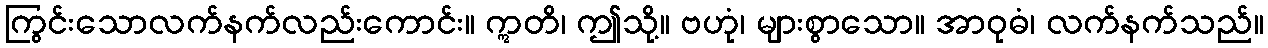
ကြွင်းသောလက်နက်လည်းကောင်း။ ဣတိ၊ ဤသို့။ ဗဟုံ၊ များစွာသော။ အာဝုဓံ၊ လက်နက်သည်။